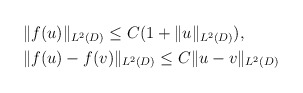
\begin{align*}\begin{aligned}&\|f(u)\|_{L^{2}(D)}\leq C(1+\|u\|_{L^{2}(D)}),\\&\|f(u)-f(v)\|_{L^{2}(D)}\leq C\|u-v\|_{L^{2}(D)}\end{aligned}\end{align*}